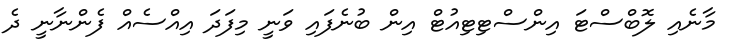
މާނެއި ލޮބްސްޓަ އިންސްޓިޓިއުޓް އިން ބުނެފައި ވަނީ މިފަދަ އިއްސެއް ފެންނާނީ ދެ